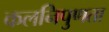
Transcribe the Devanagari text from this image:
कलनिपुणता